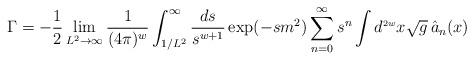
LaTeX: \begin{align*}\Gamma = - \frac{1}{2} \lim_{L^2 \rightarrow \infty} \frac{1}{(4 \pi)^{w}} \int_{1/L^2}^{\infty} \frac{ds}{s^{w+1}} \exp(-s m^2) \sum_{n=0}^{\infty} s^{n} \int d^{\scriptscriptstyle{2 w}}x \sqrt{g} \,\hat{a}_{n}(x)\end{align*}